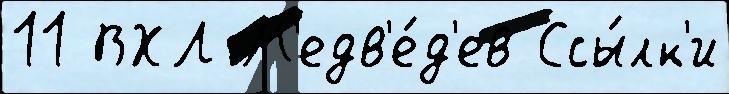
11 ВХЛ М'едв'е́д'ев Ссы́лк'и